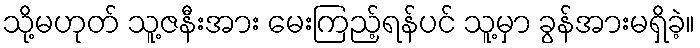
သို့မဟုတ် သူ့ဇနီးအား မေးကြည့်ရန်ပင် သူ့မှာ ခွန်အားမရှိခဲ့။